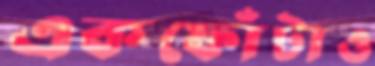
একফোঁটাও